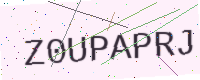
Text: Z0UPAPRJ